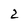
Character: 2